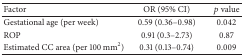
<table><thead><tr><td><b>Factor</b></td><td><b>OR (95% CI)</b></td><td><b><i>p</i> value</b></td></tr></thead><tbody><tr><td>Gestational age (per week)</td><td>0.59 (0.36–0.98)</td><td>0.042</td></tr><tr><td>ROP</td><td>0.91 (0.3–2.73)</td><td>0.87</td></tr><tr><td>Estimated CC area (per 100 mm<sup>2</sup>)</td><td>0.31 (0.13–0.74)</td><td>0.009</td></tr></tbody></table>